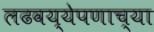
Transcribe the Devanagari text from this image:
लढवय्येपणाच्या